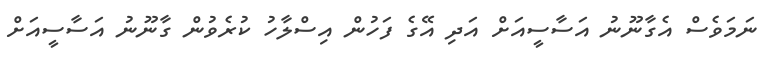
ނަމަވެސް އެގާނޫނު އަސާސީއަށް އަދި އޭގެ ފަހުން އިސްލާހު ކުރެވުން ގާނޫނު އަސާސީއަށް